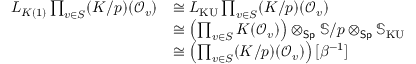
\begin{array} { r l } { L _ { K ( 1 ) } \prod _ { v \in S } ( K / p ) ( \mathcal { O } _ { v } ) } & { \cong L _ { \operatorname * { K U } } \prod _ { v \in S } ( K / p ) ( \mathcal { O } _ { v } ) } \\ & { \cong \left( \prod _ { v \in S } K ( \mathcal { O } _ { v } ) \right) \otimes _ { \mathsf { S p } } \mathbb { S } / p \otimes _ { \mathsf { S p } } \mathbb { S } _ { \operatorname * { K U } } } \\ & { \cong \left( \prod _ { v \in S } ( K / p ) ( \mathcal { O } _ { v } ) \right) [ \beta ^ { - 1 } ] } \end{array}